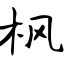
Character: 枫